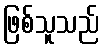
ဖြစ်သူသည်